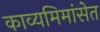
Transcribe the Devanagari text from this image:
काव्यमिमांसेत